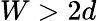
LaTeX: W>2d